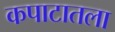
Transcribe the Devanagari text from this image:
कपाटातला